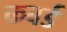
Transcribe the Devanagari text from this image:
कबर्ड